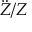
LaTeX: { \ddot { Z } } / Z